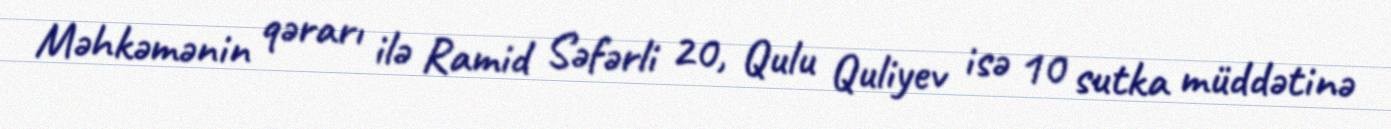
Məhkəmənin qərarı ilə Ramid Səfərli 20, Qulu Quliyev isə 10 sutka müddətinə